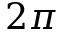
2 \pi